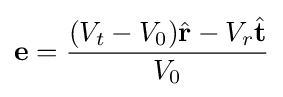
\mathbf {e} ={\frac {(V_{t}-V_{0}){\hat {\mathbf {r} }}-V_{r}{\hat {\mathbf {t} }}}{V_{0}}}